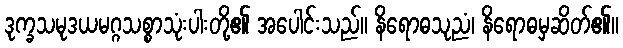
ဒုက္ခသမုဒယမဂ္ဂသစ္စာသုံးပါးတို့၏ အပေါင်းသည်။ နိရောဓသုညံ၊ နိရောဓမှဆိတ်၏။